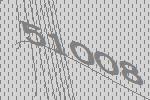
51008